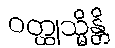
ဝတ္ထုသ္မိန္တိ